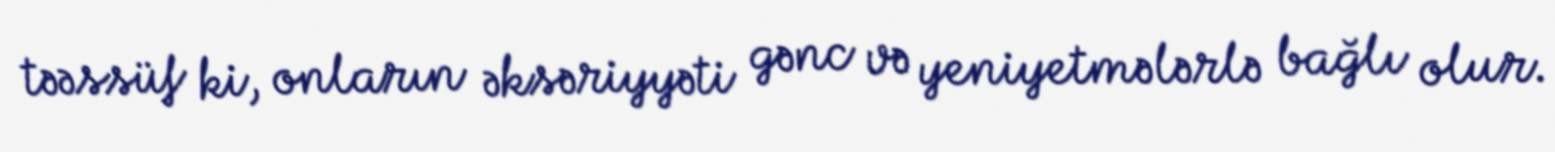
təəssüf ki, onların əksəriyyəti gənc və yeniyetmələrlə bağlı olur.